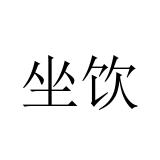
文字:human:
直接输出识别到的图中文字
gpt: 坐饮